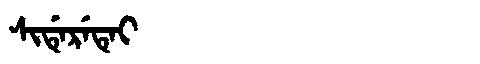
Manchu: ᠰᡳᡩᡝᡵᡝᡨᡝᡳ
Romanization: SIDERETEI